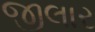
જીલાર